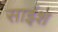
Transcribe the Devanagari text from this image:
साईश